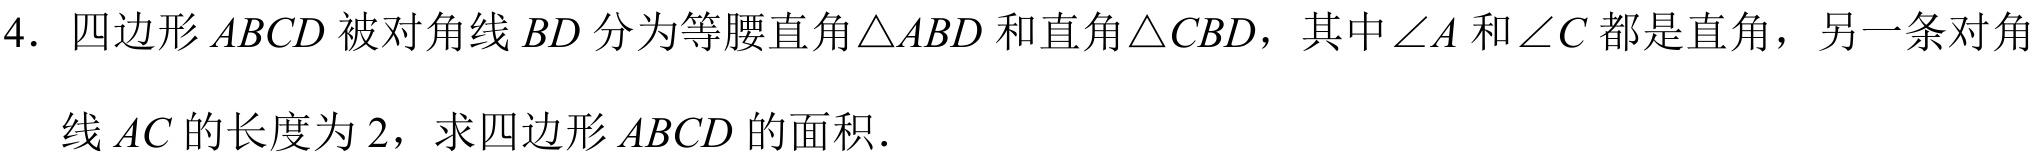
4. 四边形\(ABCD\)被对角线\(BD\)分为等腰直角\(\triangle ABD\)和直角\(\triangle CBD\)，其中\(\angle A\)和\(\angle C\)都是直角，另一条对角
线\(AC\)的长度为\(2\)，求四边形\(ABCD\)的面积．